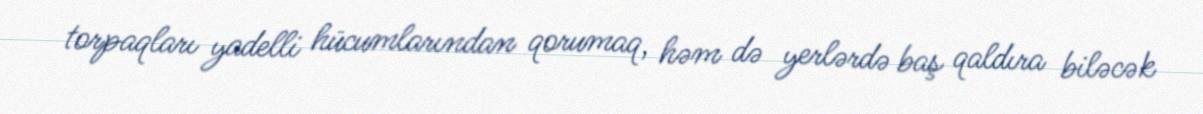
torpaqları yadelli hücumlarından qorumaq, həm də yerlərdə baş qaldıra biləcək